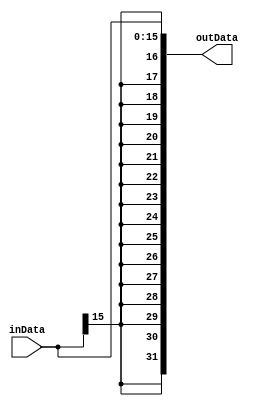
module signExt(inData,outData);
input[15:0] inData;
output[31:0] outData;
reg[31:0] outData;
always@(inData)
begin
outData[15:0]=inData[15:0];
outData[31:16]={16{inData[15]}};
end
endmodule